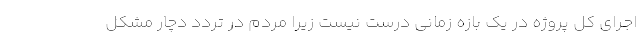
اجرای کل پروژه در یک بازه زمانی درست نیست زیرا مردم در تردد دچار مشکل